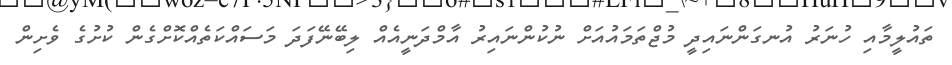
ތައުލީމާއި ހުނަރު އުނގަންނައިދީ މުޖްތަމައުއަށް ނުކުންނައިރު އާމްދަނީއެއް ލިބޭނޭފަދަ މަސައްކަތެއްކޮށްގެން ކުށުގެ ވެށިން